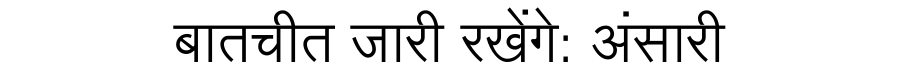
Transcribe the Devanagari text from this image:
बातचीत जारी रखेंगे: अंसारी